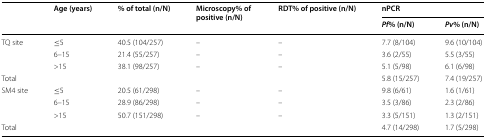
<table><thead><tr><td rowspan="2"></td><td rowspan="2"><b>Age (years)</b></td><td rowspan="2"><b>% of total (n/N)</b></td><td rowspan="2"><b>Microscopy% of positive (n/N)</b></td><td rowspan="2"><b>RDT% of positive (n/N)</b></td><td colspan="2"><b>nPCR</b></td></tr><tr><td><b><i>Pf</i>% (n/N)</b></td><td><b><i>Pv</i>% (n/N)</b></td></tr></thead><tbody><tr><td rowspan="3">TQ site</td><td>≤5</td><td>40.5 (104/257)</td><td>–</td><td>–</td><td>7.7 (8/104)</td><td>9.6 (10/104)</td></tr><tr><td>6–15</td><td>21.4 (55/257)</td><td>–</td><td>–</td><td>3.6 (2/55)</td><td>5.5 (3/55)</td></tr><tr><td>&gt;15</td><td>38.1 (98/257)</td><td>–</td><td>–</td><td>5.1 (5/98)</td><td>6.1 (6/98)</td></tr><tr><td>Total</td><td></td><td></td><td></td><td></td><td>5.8 (15/257)</td><td>7.4 (19/257)</td></tr><tr><td rowspan="3">SM4 site</td><td>≤5</td><td>20.5 (61/298)</td><td>–</td><td>–</td><td>9.8 (6/61)</td><td>1.6 (1/61)</td></tr><tr><td>6–15</td><td>28.9 (86/298)</td><td>–</td><td>–</td><td>3.5 (3/86)</td><td>2.3 (2/86)</td></tr><tr><td>&gt;15</td><td>50.7 (151/298)</td><td>–</td><td>–</td><td>3.3 (5/151)</td><td>1.3 (2/151)</td></tr><tr><td>Total</td><td></td><td></td><td></td><td></td><td>4.7 (14/298)</td><td>1.7 (5/298)</td></tr></tbody></table>